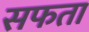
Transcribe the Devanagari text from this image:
सफता